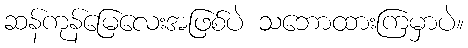
ဆန်ကုန်မြေလေးအဖြစ်ပဲ သဘောထားကြမှာပဲ။